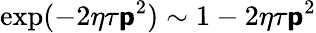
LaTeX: \exp(-2\eta\tau\boldsymbol{\mathsf{p}}^{2})\sim1-2\eta\tau\boldsymbol{\mathsf{p}}^{2}